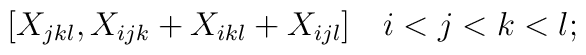
[X_{jkl}, X_{ijk} + X_{ikl} + X_{ijl} ]  \quad i<j<k<l;